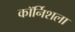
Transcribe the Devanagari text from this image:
कॉर्निशला